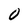
Character: 0